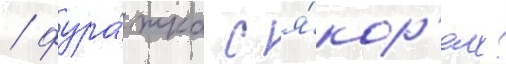
/ фура́жка с я́кор'ем